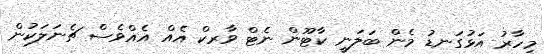
މިހާރު އަޅުގަނޑު މެން ބަލަނީ ކާޓޫން ނެޓް ވާރކް އެއް އެއްވެސް ޗެނަލަކުން